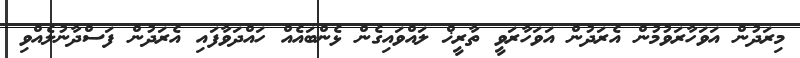
މިރަދުން އަވަހާރަވުމުން އެރަދުން އަވަހާރަވީ ތާރީޚް ލައްވައިގެން ޅެންބައެއް ހައްދަވާފައި އެރަދުން ފަސްދާނުލެއްވި